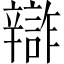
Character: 𨐷